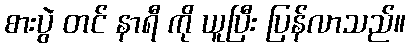
စားပွဲ တင် နာရီ ကို ယူပြီး ပြန်လာသည်။